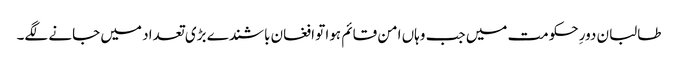
طالبان دورِ حکومت میں جب وہاں امن قائم ہوا تو افغان باشندے بڑی تعداد میں جانے لگے۔